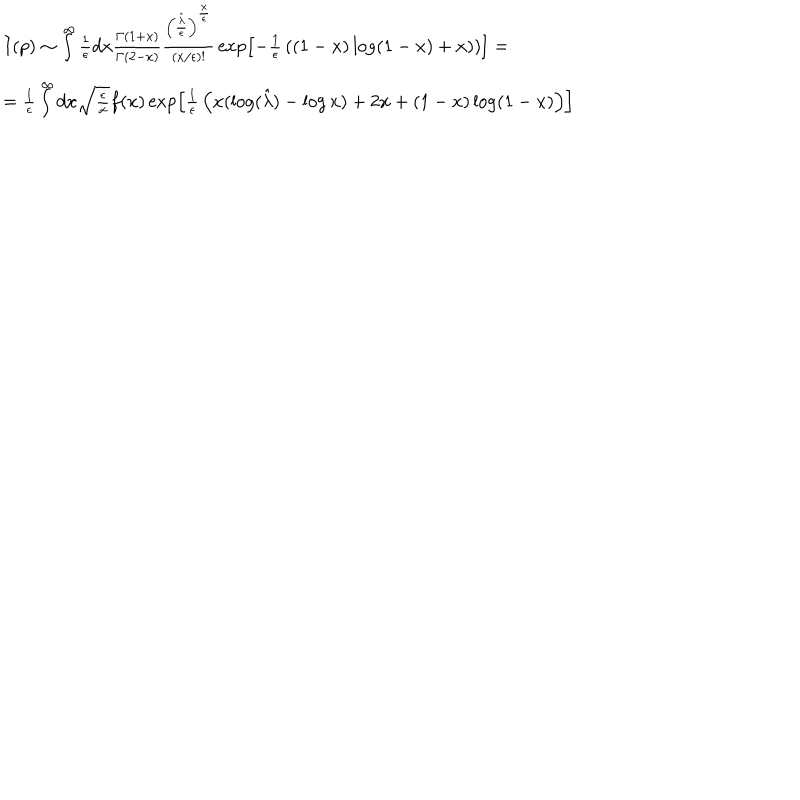
\begin{array} { l } { { I ( p ) \sim \int ^ { \infty } { \frac { 1 } { \epsilon } } d x { \frac { \Gamma ( 1 + x ) } { \Gamma ( 2 - x ) } } { \frac { \left( { \frac { \hat { \lambda } } { \epsilon } } \right) ^ { \frac { x } { \epsilon } } } { ( x / \epsilon ) ! } } \exp \left[ - { \frac { 1 } { \epsilon } } \left( ( 1 - x ) \log ( 1 - x ) + x ) \right) \right] = } } \\ { { = { \frac { 1 } { \epsilon } } \int ^ { \infty } d x \sqrt { \frac { \epsilon } { x } } f ( x ) \exp \left[ { \frac { 1 } { \epsilon } } \left( x ( \log ( { \hat { \lambda } } ) - \log x ) + 2 x + ( 1 - x ) \log ( 1 - x ) \right) \right] } } \\ \end{array}